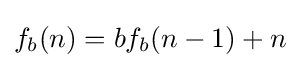
f_{b}(n)=bf_{b}(n-1)+n